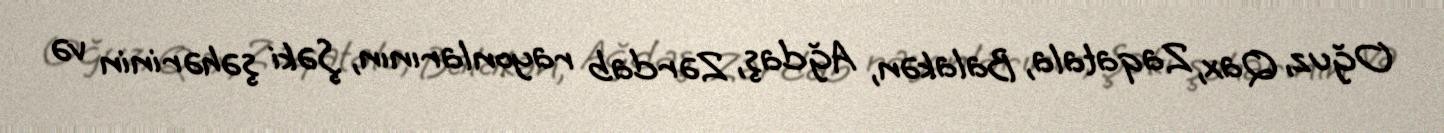
Oğuz, Qax, Zaqatala, Balakən, Ağdaş, Zərdab rayonlarının, Şəki şəhərinin və